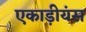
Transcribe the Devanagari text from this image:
एकाड़ीयंस